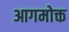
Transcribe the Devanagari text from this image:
आगमोक्त